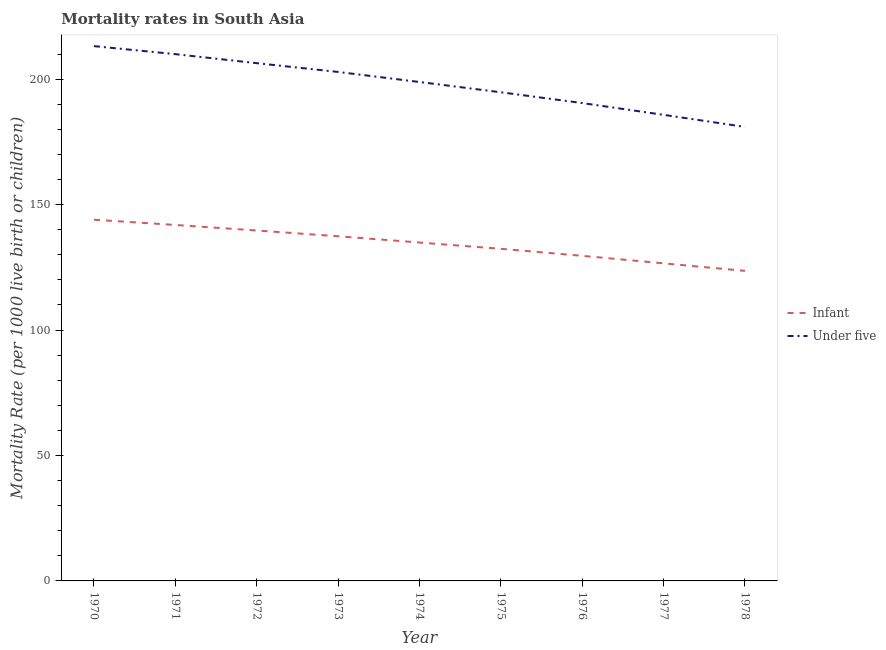
| Year | Infant | Under five |
 | --- | --- | --- |
 | 1970 | 144 | 213 |
 | 1971 | 142 | 210 |
 | 1972 | 140 | 206 |
 | 1973 | 137 | 203 |
 | 1974 | 135 | 199 |
 | 1975 | 132 | 195 |
 | 1976 | 130 | 190 |
 | 1977 | 127 | 186 |
 | 1978 | 124 | 181 |